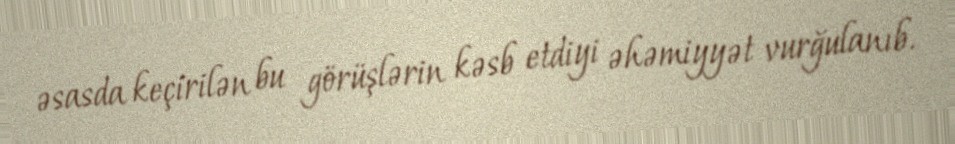
əsasda keçirilən bu görüşlərin kəsb etdiyi əhəmiyyət vurğulanıb.